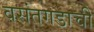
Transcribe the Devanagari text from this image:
वसंतगडाची